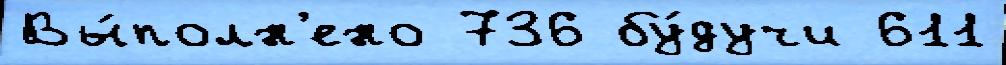
Вы́полн'ено 736 бу́дучи 611